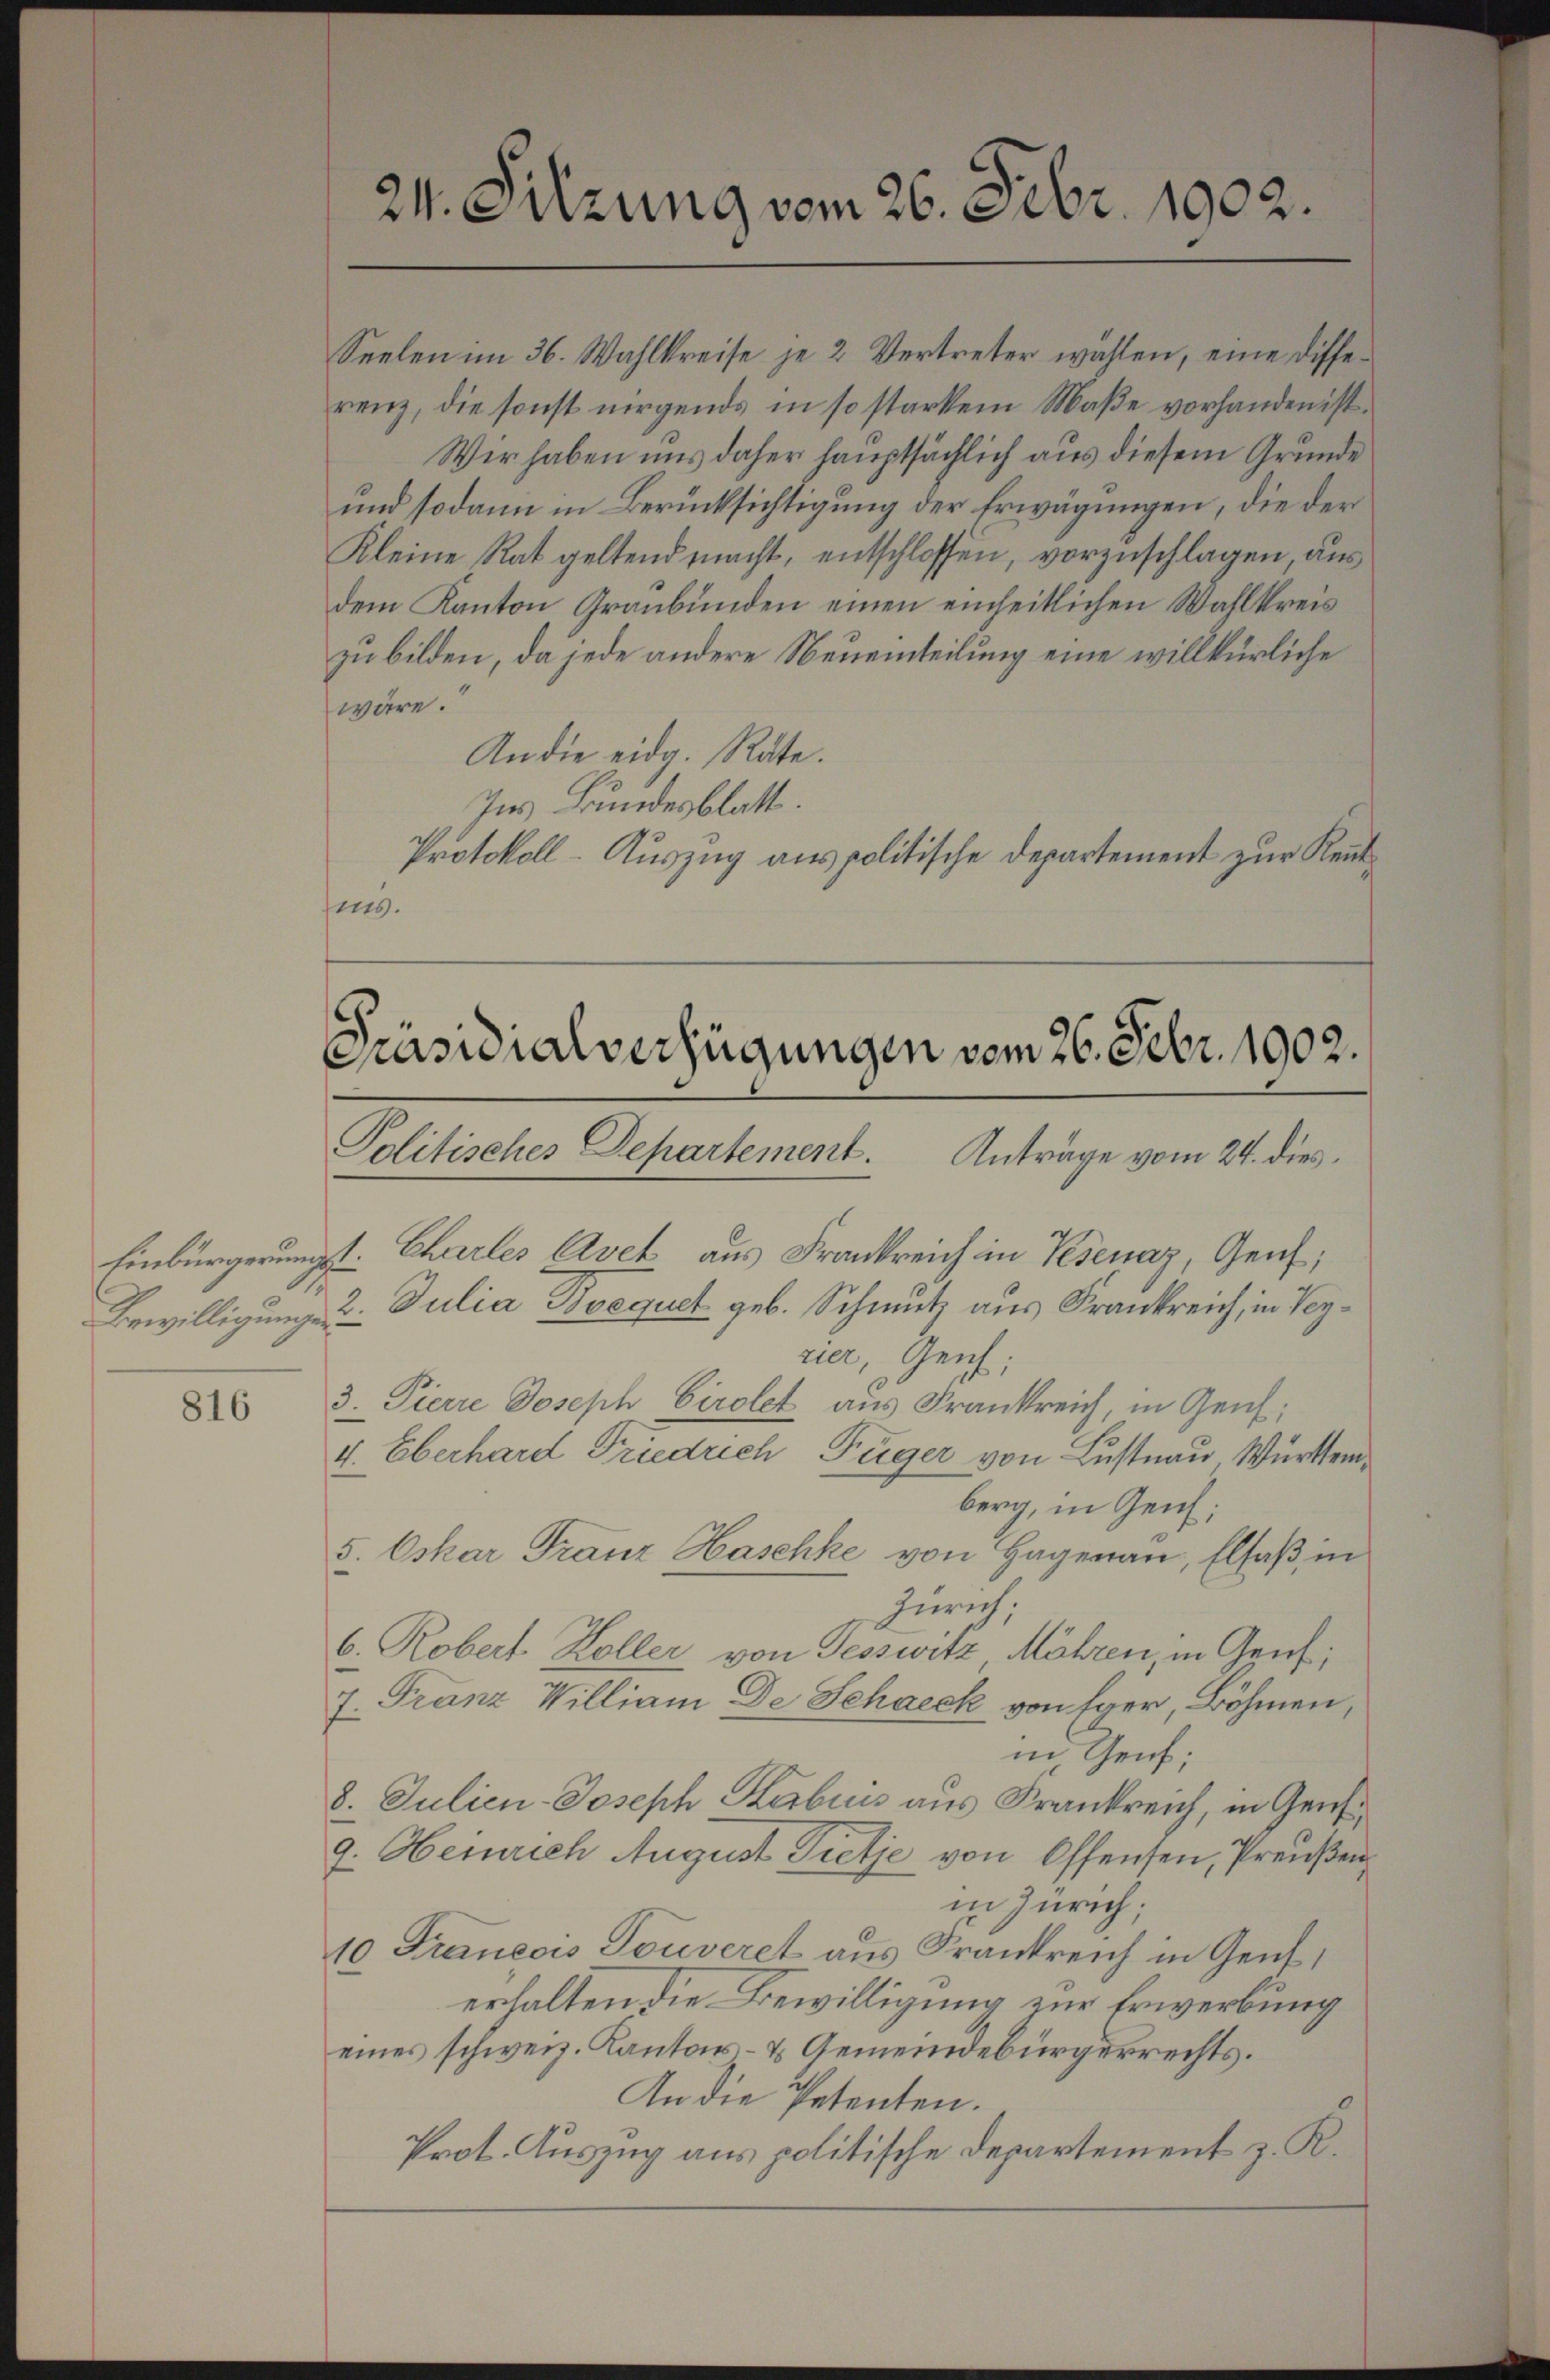
.

816

Seelen im 36. Wahlkreise je 2 Vertreter wählen, eine Differenz, die sonst nirgends in so starkem Maße vorhanden ist.
Wir haben uns daher hauptsächlich aus diesem Grunde
und sodann in Berücksichtigung der Erwägungen, die der
Kleine Rat geltend macht, entschlossen, vorzuschlagen aus
dem Kanton Graubünden einen einheitlichen Wahlkreis
zu bilden, da jede andere Neueinteilung eine willkürliche
wäre.
An die eidg. Rate.
Ins Bundesblatt.
Protokoll-Auszug aus politische Departement zur Kenntsis.

24. Sitzung vom 26. Febr. 1902.

Präsidialverfügungen vom 26. Febr. 1902.
Politisches Departement. Anträge vom 24. dies¬

Einbürgerungs-Charles Avek aus Frankreich in Kesenaz, Genf,
Bewilligung 2. Julia Boequet geb. Schmutz aus Frankreich, in Verrier, Geich;
3. Pierre Joseph Cirolet aus Frankreich, in Genf;
4. Eberhard Friedrich Füger von Lustnau Württemberg, in Genf;
5. Oskar Franz Haschke von Hagenau, Elsaß in
Zürich;
6. Robert Koller von Tesswitz Möhren, in Genf,
7. Franz William De Schneck von Eger, Böhmen,
in Genf;
8. Julien-Joseph Kabius aus Frankreich, in Gen
9. Heinrich August Tretje von Offensen, Preußen
in Zürich;
10. Francois Gouveret aus Frankreich in Genf,
erhalten die Bewilligung zur Erwerbung
eines schweiz. Kantons- & Gemeindebürgerrechts.
An die Petenten.
Prot. Auszug aus politische Departement z. K.